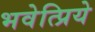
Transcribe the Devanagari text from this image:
भवेत्प्रिये